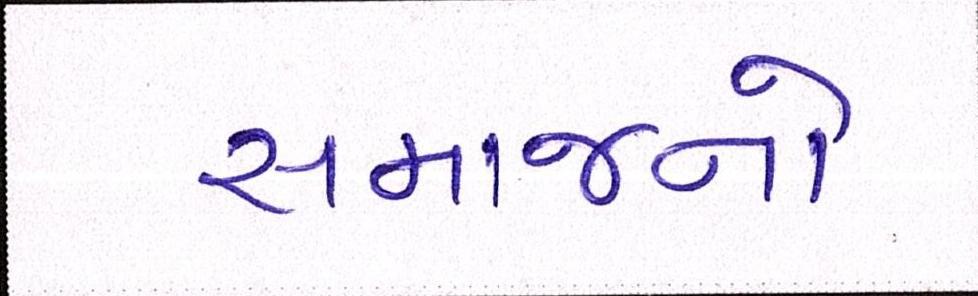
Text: સમાજનો